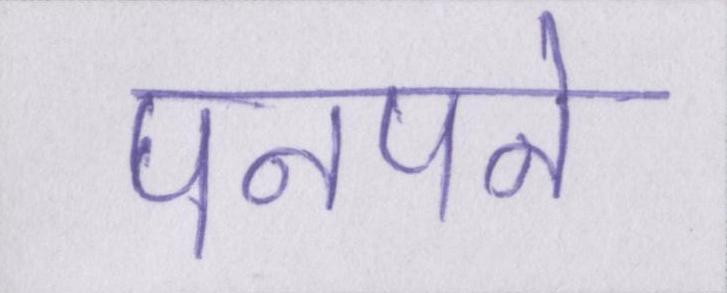
पनपने